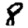
Digit: 8